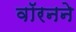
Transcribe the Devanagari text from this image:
वॉरनने